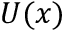
U ( x )